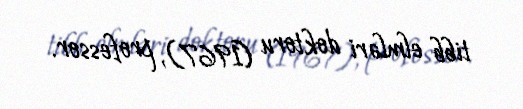
tibb elmləri doktoru (1967), professor.